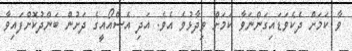
ވާ ކަމަށް ދެކެވަޑައިގަންނަވާ ކަމަށް ވިދާޅުވެ އެވެ. އަދި އެސްއޯއީގެ ދަށުން ބަންދުކޮށްފައިވާ